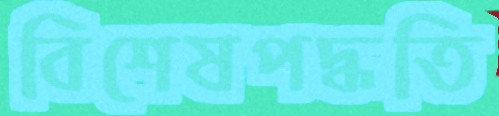
বিশেষপদ্ধতি